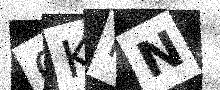
Text: 0KFN